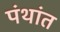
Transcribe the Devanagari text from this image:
पंथांत